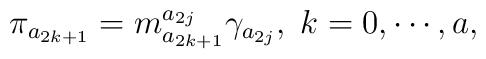
\pi _{a_{2k+1}}=m_{a_{2k+1}}^{a_{2j}}\gamma _{a_{2j}},\;k=0,\cdots ,a,